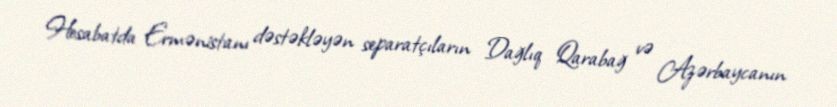
Hesabatda Ermənistanı dəstəkləyən separatçıların Dağlıq Qarabağ və Azərbaycanın